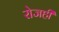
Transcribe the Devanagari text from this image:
रोजही